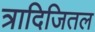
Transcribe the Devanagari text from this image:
त्रादिजितल